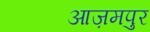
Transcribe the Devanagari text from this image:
आज़मपुर